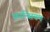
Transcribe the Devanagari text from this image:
फ्रान्सियम